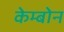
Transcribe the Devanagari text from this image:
केम्बोन